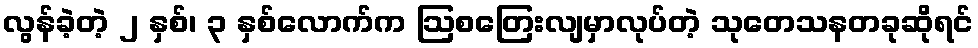
လွန်ခဲ့တဲ့ ၂ နှစ်၊ ၃ နှစ်လောက်က ဩစတြေးလျမှာလုပ်တဲ့ သုတေသနတခုဆိုရင်